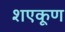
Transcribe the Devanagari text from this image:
शएकूण